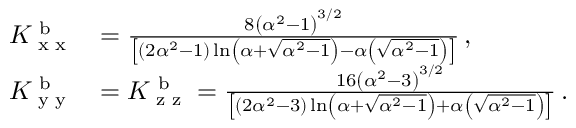
\begin{array} { r l } { K _ { \textup { x x } } ^ { \textup { b } } } & { = \frac { 8 \left( \alpha ^ { 2 } - 1 \right) ^ { 3 / 2 } } { \left[ \left( 2 \alpha ^ { 2 } - 1 \right) \ln \left( \alpha + \sqrt { \alpha ^ { 2 } - 1 } \right) - \alpha \left( \sqrt { \alpha ^ { 2 } - 1 } \right) \right] } \, , } \\ { K _ { \textup { y y } } ^ { \textup { b } } } & { = K _ { \textup { z z } } ^ { \textup { b } } = \frac { 1 6 \left( \alpha ^ { 2 } - 3 \right) ^ { 3 / 2 } } { \left[ \left( 2 \alpha ^ { 2 } - 3 \right) \ln \left( \alpha + \sqrt { \alpha ^ { 2 } - 1 } \right) + \alpha \left( \sqrt { \alpha ^ { 2 } - 1 } \right) \right] } \, . } \end{array}